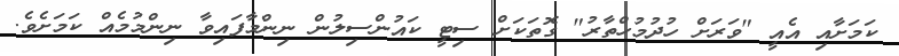
ކަމަށާއި އެއީ "ވަރަށް ހުދުމުހްތާރު" ގޮތަކަށް ސިޓީ ކައުންސިލުން ނިންމާފައިވާ ނިންމުމެއް ކަމަށެވެ.